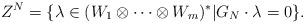
LaTeX: \begin{align*}Z^N = \{\lambda \in (W_1 \otimes \cdots \otimes W_m)^*|G_N\cdot \lambda = 0\}.\end{align*}